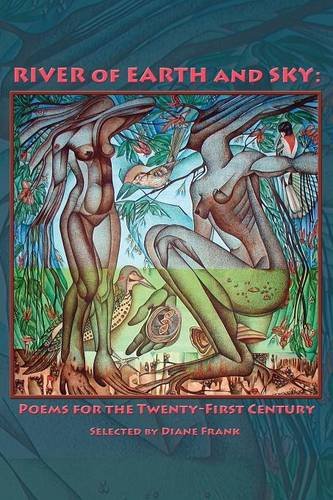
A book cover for River of Earth and Sky: Poems for the 21st Century; Literature & Fiction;